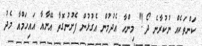
ކަންތަކެއް ނުުކުރާނެ ދޯ!" މިންހާ އެދުމުން އެގުޅުން ފެށުނުގޮތާ އޭނާއާ އައިހަމްއާ މެދު